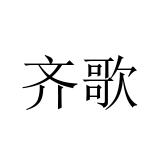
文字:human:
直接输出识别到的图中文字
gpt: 齐歌